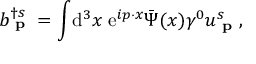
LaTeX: b _ { \textbf { p } } ^ { \dagger s } = \int \! \mathrm { d } ^ { 3 } x \; \mathrm { e } ^ { i p \cdot x } { \bar { \Psi } } ( x ) \gamma ^ { 0 } u _ { \textbf { p } } ^ { s } ,